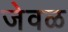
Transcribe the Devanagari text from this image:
जेवळ